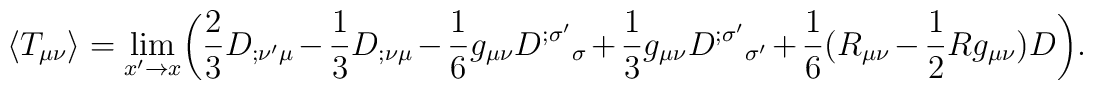
\langle T_{\mu\nu}\rangle = \lim_{x'\rightarrow x}\biggl({2\over3}D_{;\nu'\mu} - {1\over3}D_{;\nu\mu} -{1\over6}g_{\mu\nu}D^{;\sigma'}{}_\sigma+{1\over3}g_{\mu\nu}D^{;\sigma'}{}_{\sigma'} +{1\over6}(R_{\mu\nu}-{1\over2}Rg_{\mu\nu})D\biggr).